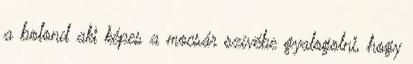
a bolond aki képes a mocsár szívébe gyalogolni, hogy